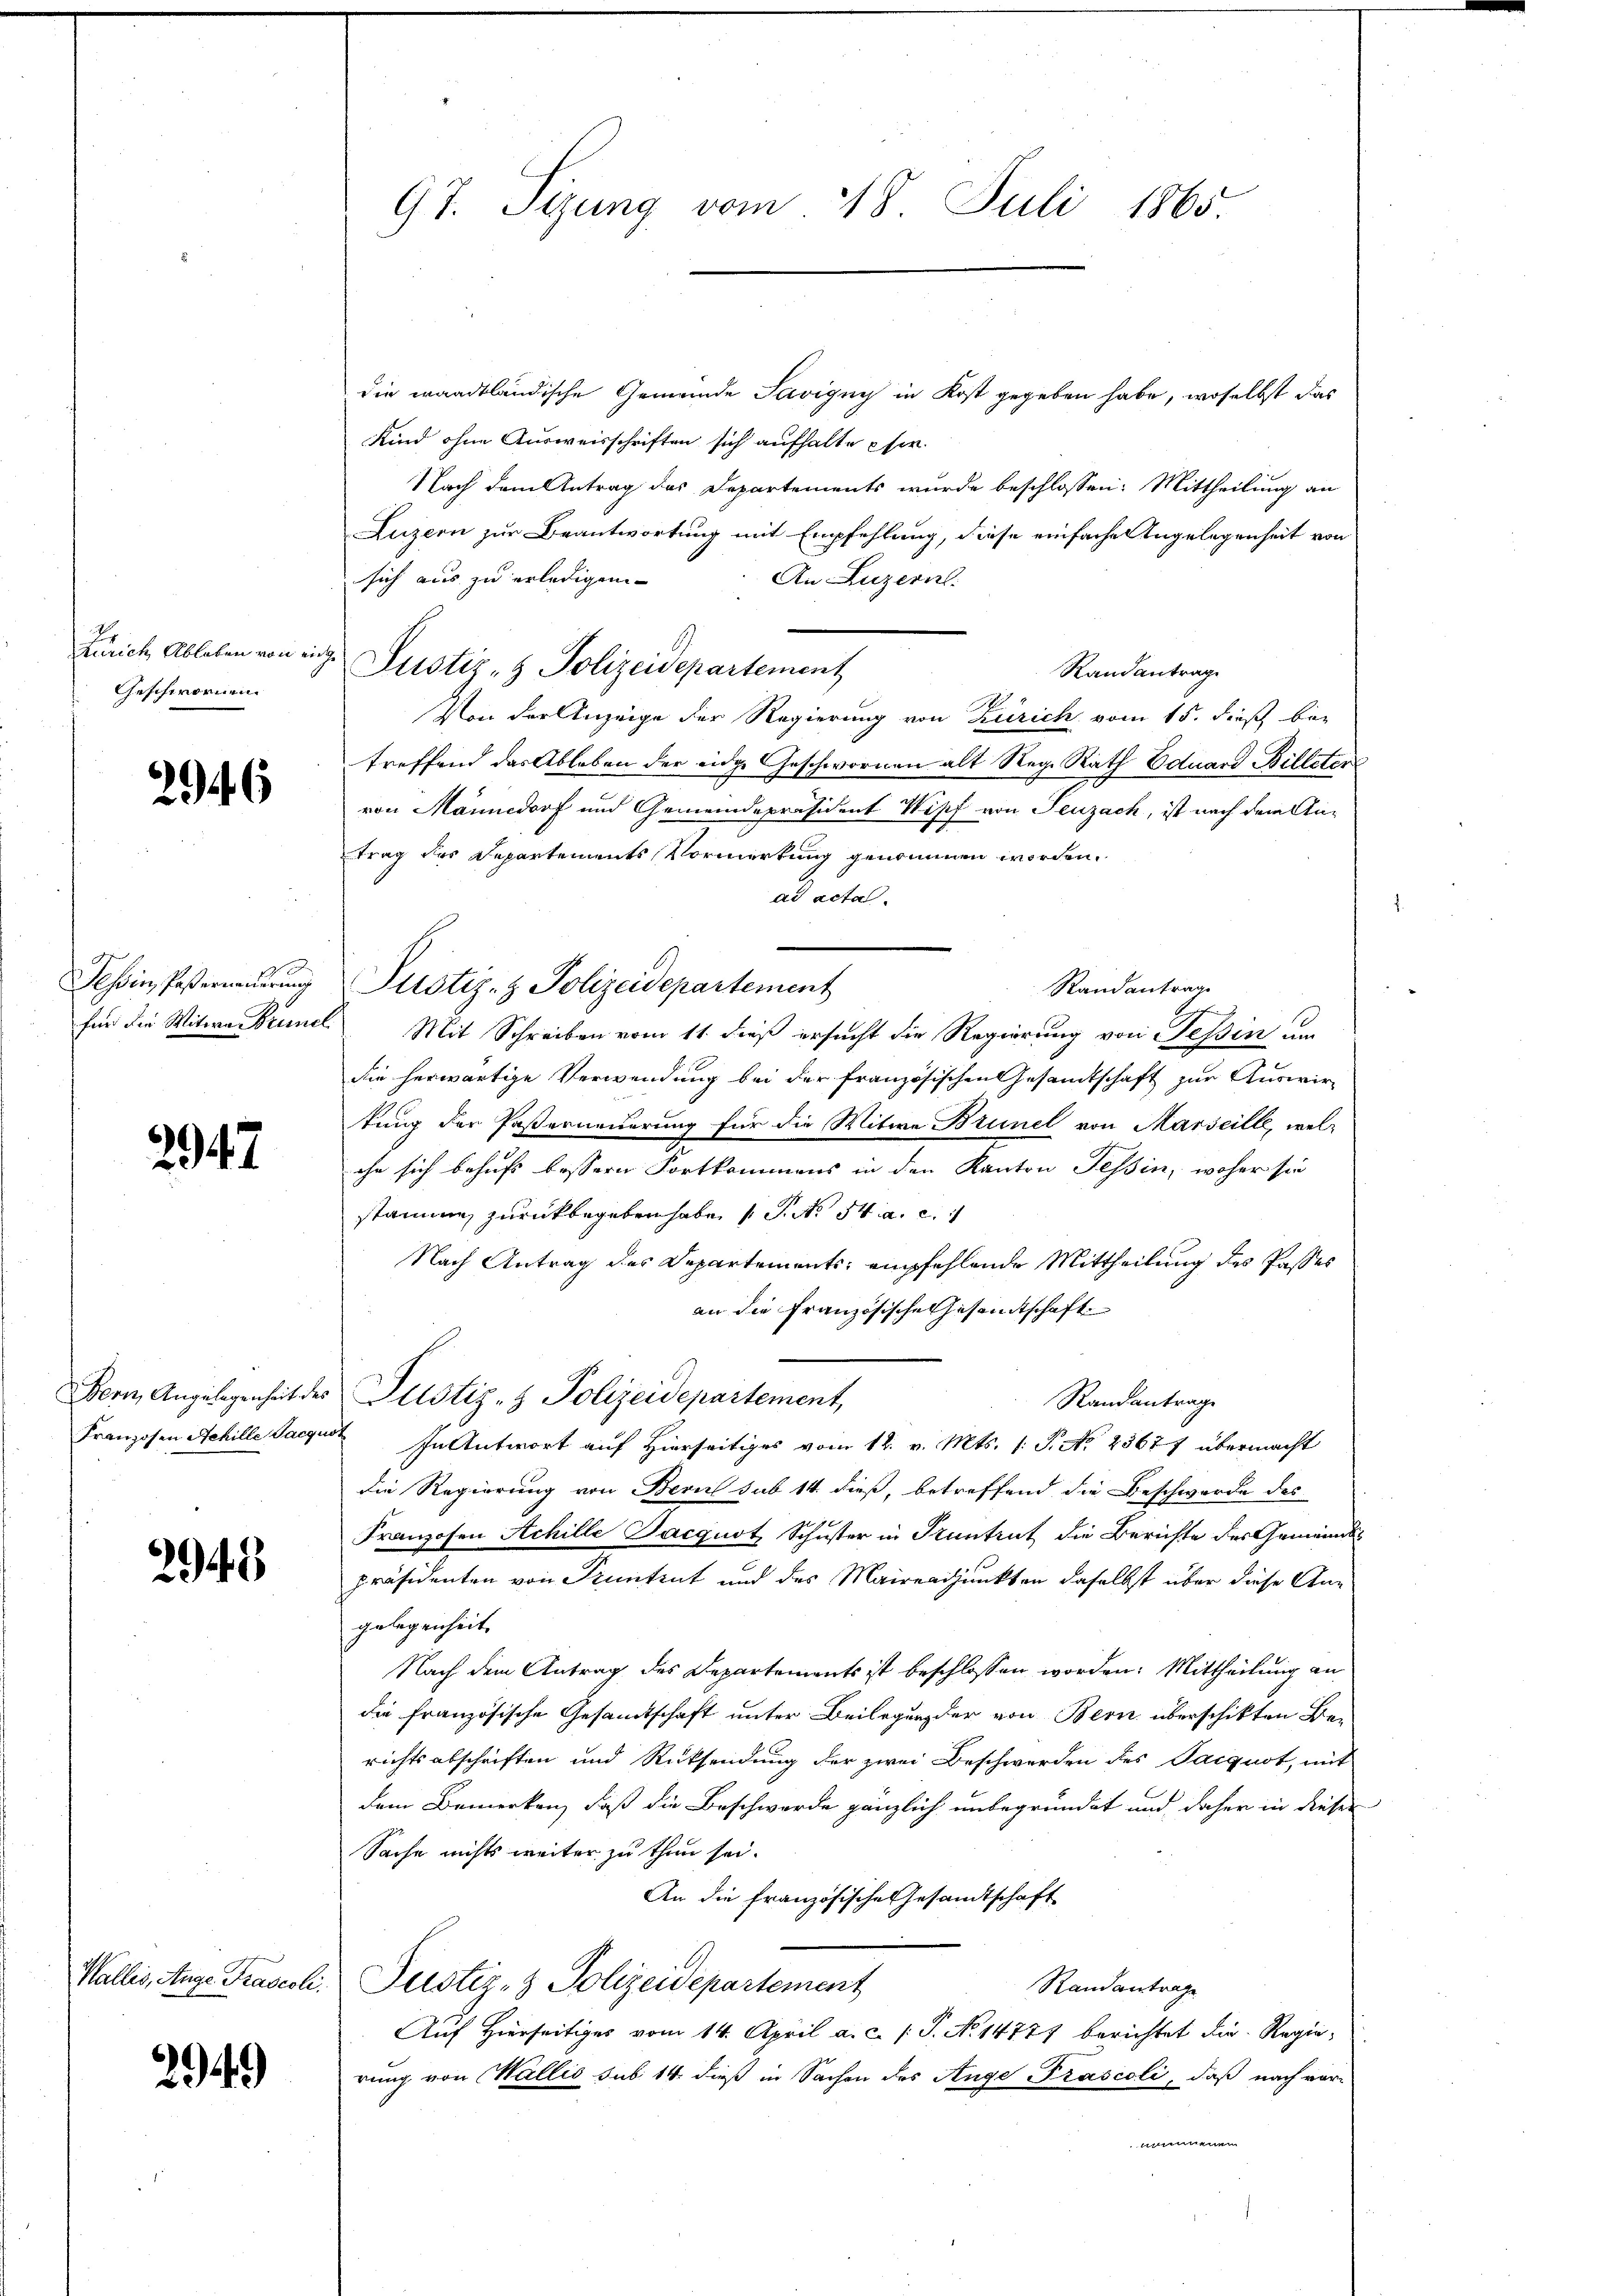
Zürich Ableben von einge
Geschwornen.

296

D

2947

294. 3

294)

97. Sizung vom 18. Juli 1865.

die waadtländische Gemeinde Savigny in Kost gegeben habe, woselbst das
Kind ohne Ausweisschriften sich aufhalte chir
Nach dem Antrag des Departements wurde beschlossen: Mittheilung an
Luzern zur Beantwortung mit Empfehlung, diese einfache Angelegenheit von
sich aus zu erledigen
An Luzern.
Justiz- & Polizeidepartement
Randantrage
Von der Anzeige der Regierung von Zürich vom 15. dieß betreffend das Ableben der eidge Geschwornen alt Reg. Rath Eduard Billeter
von Männedorf und Gemeindepräsident Wipf von Seuzach, ist nach dem Antrag des Departements Vormerkung genommen worden.
ad actal.
.
Randantrage
für die Witwe Brunnel Mit Schreiben vom 11. dieß ersucht die Regierung von Tessin um
die herwärtige Verwendung bei der französischen Gesandtschaft zur Auswir-
kung der Pasterneuerung für die Witwe Brunel von Marseille, welche sich behufs bessern Fortkommens in den Kanton Tessin, woher sie
stammen zurückbegeben habe, 1 S. No 34. a. c.
Nach Antrag des Departements empfehlende Mittheilung des Passes
an die Französische Gesandtschaft
Bern, Angelegenheit des Pulstiz- & Polizeidepartement,
Randantrage
Franzosen Achille Sache. In Antwort auf Hierseitiges vom 12. v. Mts. 1. P. Nr. 25677 übermacht
Die Regierung von Bern sub 14 dieß, betreffend die Beschwerde des
Franzosen Achille Jacquot, Schuster in Pruntrut die Berichte des Gemeindspräsidenten von Pruntrut und des Maireadjunkten daselbst über diese Angelegenheit
Nach dem Antrag des Departements ist beschlossen worden. Mittheilung an
die Französische Gesamtschaft unter Beilegung der von Bern überschikten Be-
richtsabschriften und Rücksendung der zwei Beschwerden des Parquot, mit
dem Bemerken, daß die Beschwerde gänzlich unbegründet und daher in dieser
Sache nichts weiter zu thun sei.
An die französische Gesandtschaft
Wallis, Auge Fraserl. Justiz- & Polizeidepartement
Randantrage
Auf Hierseitiges vom 14. April a. c. 1 S. No 14777 berichtet die Regierung von Wallis sub. 14. dieß in Sachen des Auge Prascoli, daß nach vor-
e

Tessin, Posterneŭerŭng Plistiz- & Polizeidepartement